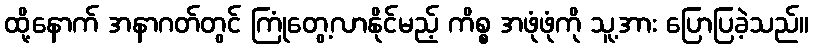
ထို့နောက် အနာဂတ်တွင် ကြုံတွေ့လာနိုင်မည့် ကိစ္စ အဖုံဖုံကို သူ့အား ပြောပြခဲ့သည်။